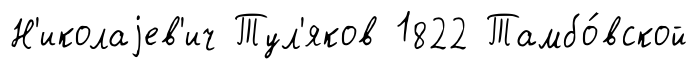
Н'иколаjев'ич Тул'яков 1822 Тамбо́вской